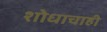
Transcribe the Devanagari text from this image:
शोधाचाही